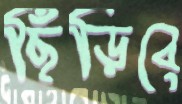
ছিঁড়িবে